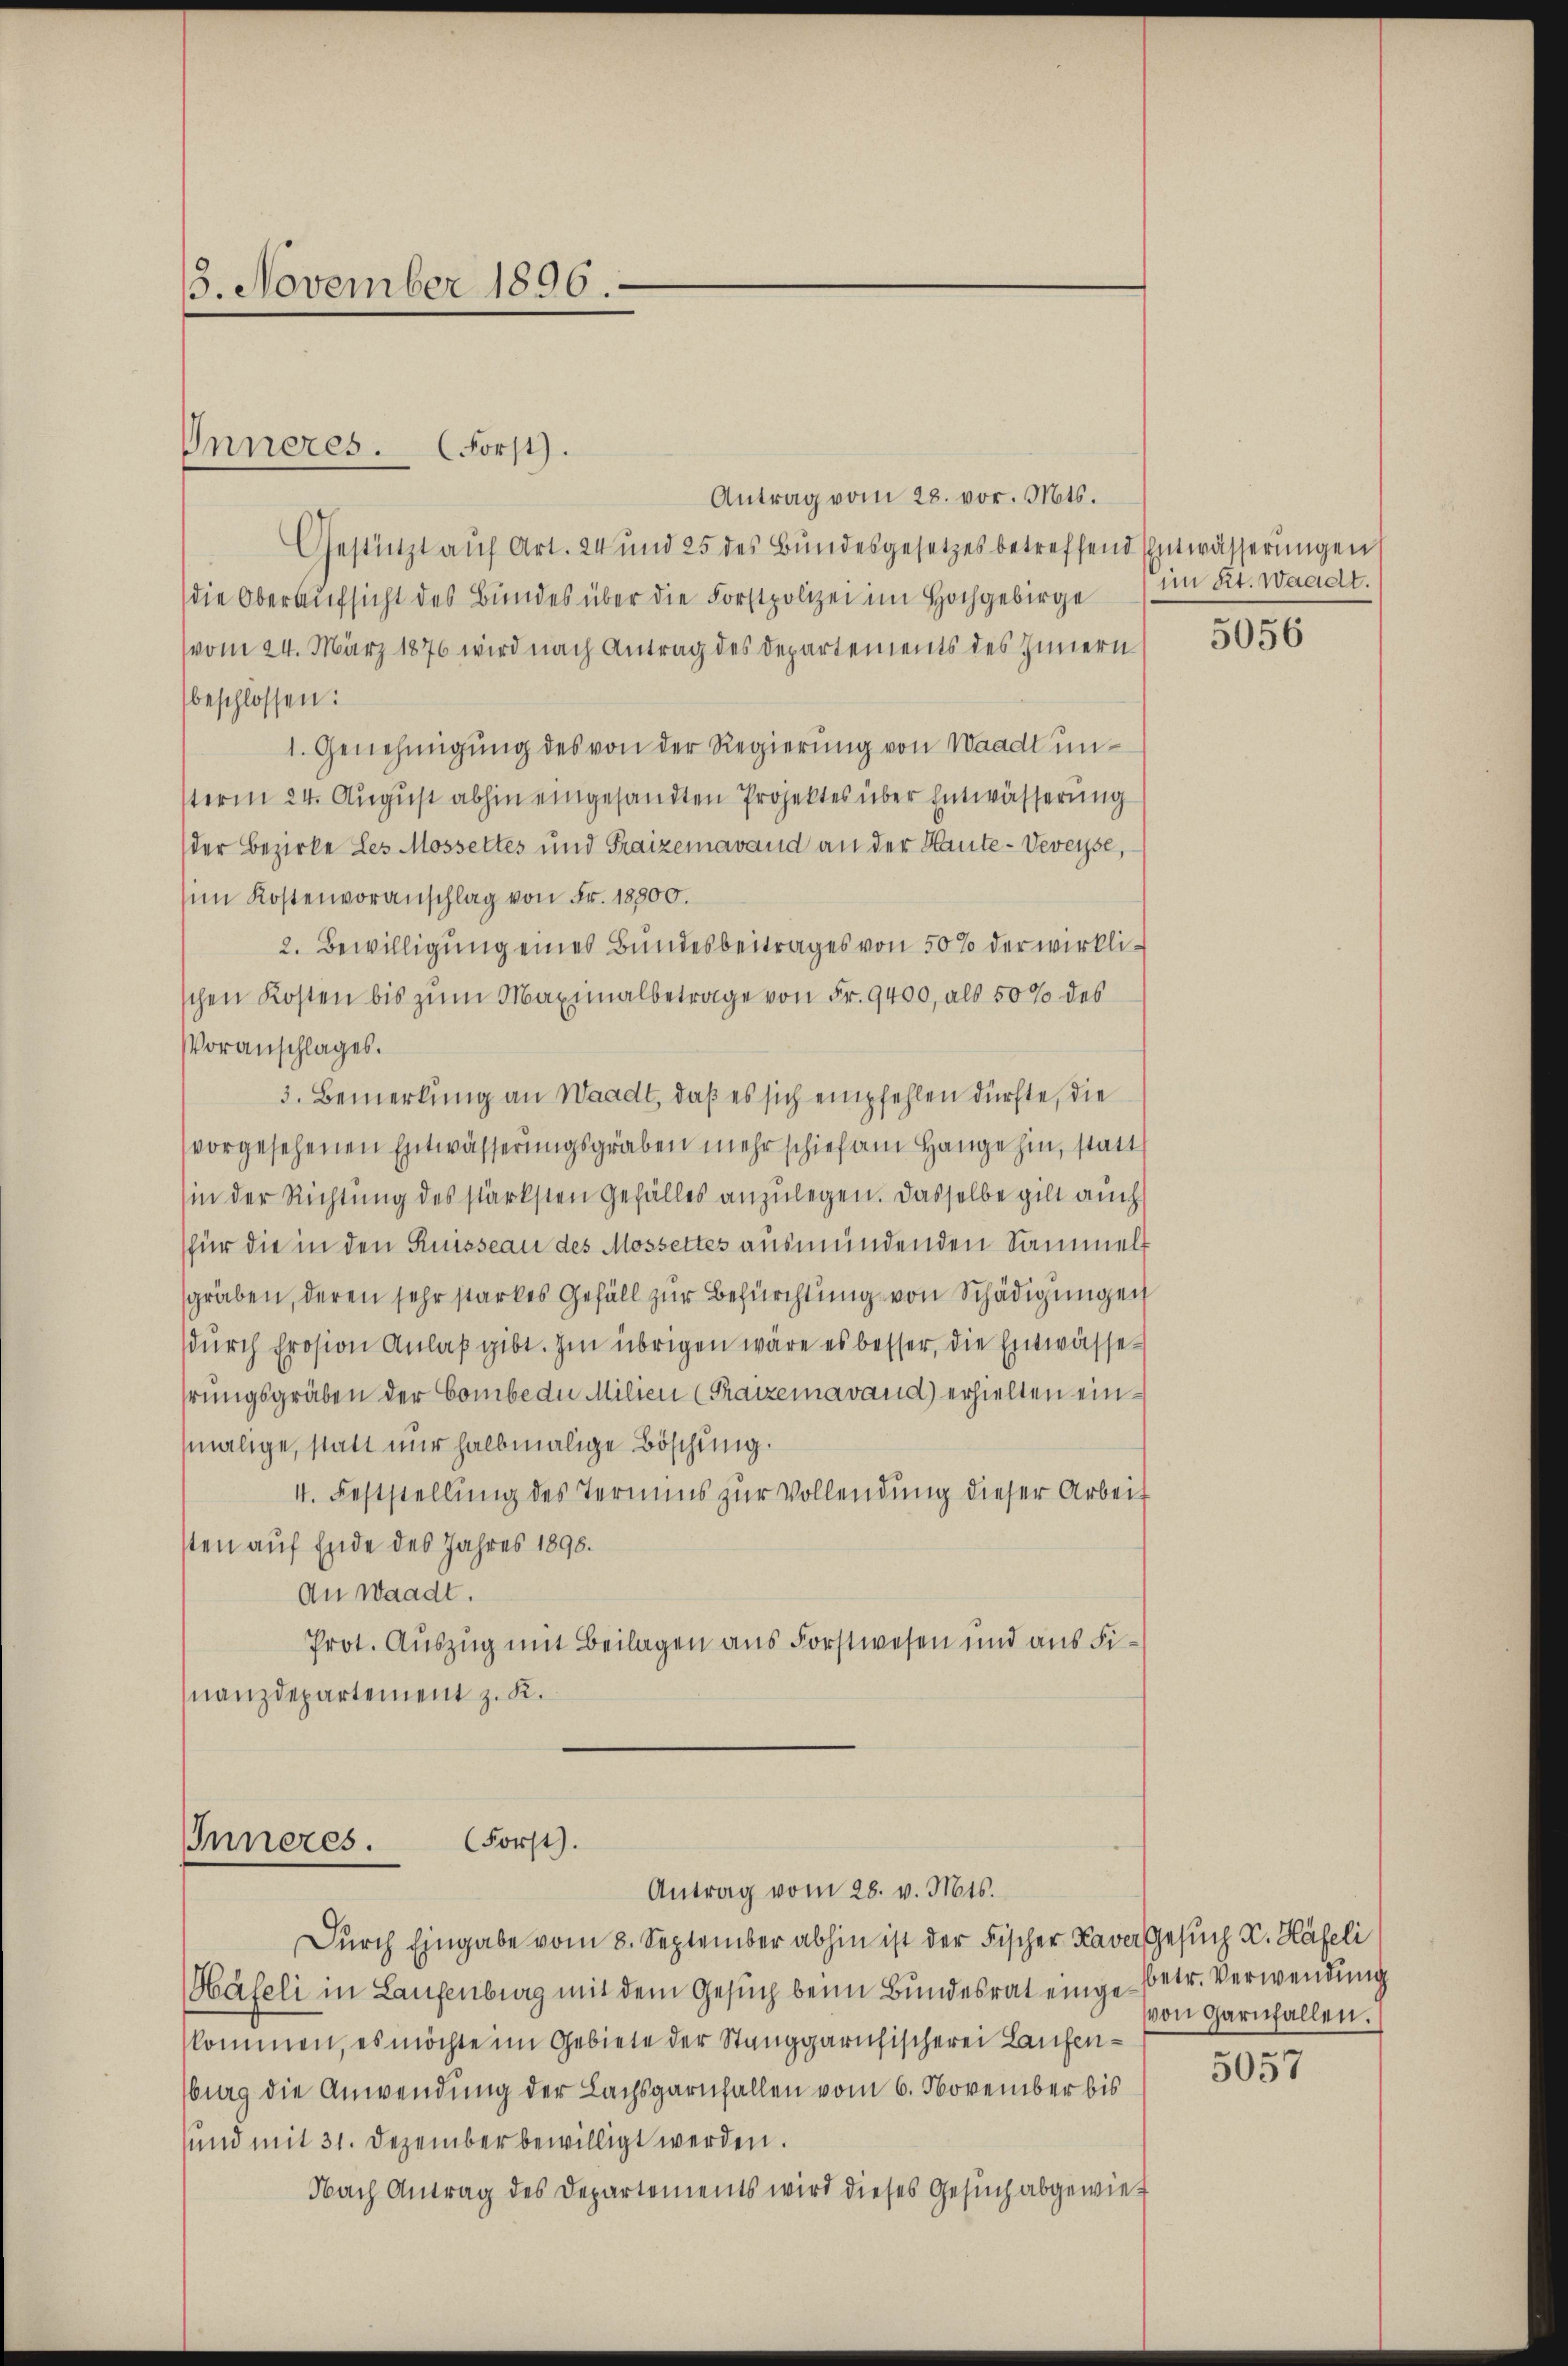
Antrag vom 28. vor. Mts.
Gestützt auf Art. 24 und 25 des Bundesgesetzes betreffend Entwässerungen
die Oberaufsicht des Bundes über die Forstpolizei im Hochgebirge im Kt. Waadt.
(vom 24. März 1876 wird nach Antrag des Departements des Innern
beschlossen:
1. Genehmigŭng des von der Regierung von Waadt unsterm 24. August abhin eingesandten Projektes über Entwässerung
der Bezirke des Mossettes und Fraizemavand an der Haute- Veveyse,
im Kostenvoranschlag von Fr. 18800.
2. Bewilligung eines Bundesbeitrages von 50% der wirklischen Kosten bis zŭm Maximalbetrage von Fr. 9400, als 50% des
Voranschlages.
3. Bemerkung an Waadt, daß es sich empfehlen dürfte, die
vorgesehenen Entwässerungsgraben mehr schief am Hange hin, statt
(in der Richtung des stärksten Gefälles anzulegen. Dasselbe gilt auch
für die in den Ruisseau des Mossettes ausmündenden Sammelsgräben, deren sehr starkes Gefäll zur Befürchtung von Schädigungen
durch prosion Anlaß gibt. Im übrigen wäre es besser, die Entwässehrungsgräben der Combe die Milien (Fraizemavand) erhielten einmalige, statt nur halbmalige Böschung.
I. Feststellung des Termins zur Vollendung dieser Arbeit
sten auf Ende des Jahres 1898.
An Waadt.
Prot. Auszug mit Beilagen aus Forstwesen und aus Finanzdepartement z. K.

3. November 1896.

Inneres. (Forst).

(Forst.
Inneres.
Antrag vom 28. v. Mts.

Durch Eingabe vom 8. September abhin ist der Fischer Kaver Gesuch K. Häfeli
Häfeli in Laufenburg mit dem Gesuch beim Bundesrat einge-Betr. Verwendung
kommen, es möchte im Gebiete der Stanggarufischerei Laufenburg die Anwendung der Lachsgarnfallen vom 6. November bis
und mit 31. Dezember bewilligt werden.
Nach Antrag des Departements wird dieses Gesuch abgewie¬

5056

von Garnfallen.

5057